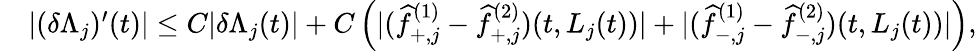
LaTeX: \begin{array}{rl}&{|(\delta\Lambda_{j})^{\prime}(t)|\le C|\delta\Lambda_{j}(t)|+C\left(|(\widehat f_{+,j}^{(1)}-\widehat f_{+,j}^{(2)})(t,L_{j}(t))|+|(\widehat f_{-,j}^{(1)}-\widehat f_{-,j}^{(2)})(t,L_{j}(t))|\right),}\end{array}